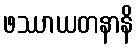
ဖဿာယတနာနိ